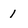
Character: 1